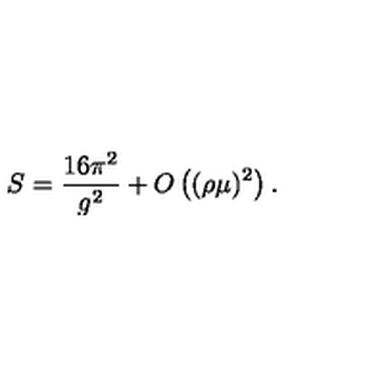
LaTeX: S = \frac { 1 6 \pi ^ { 2 } } { g ^ { 2 } } + O \left( ( \rho \mu ) ^ { 2 } \right) .